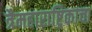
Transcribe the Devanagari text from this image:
त्रैमहाराष्ट्रिकाचा